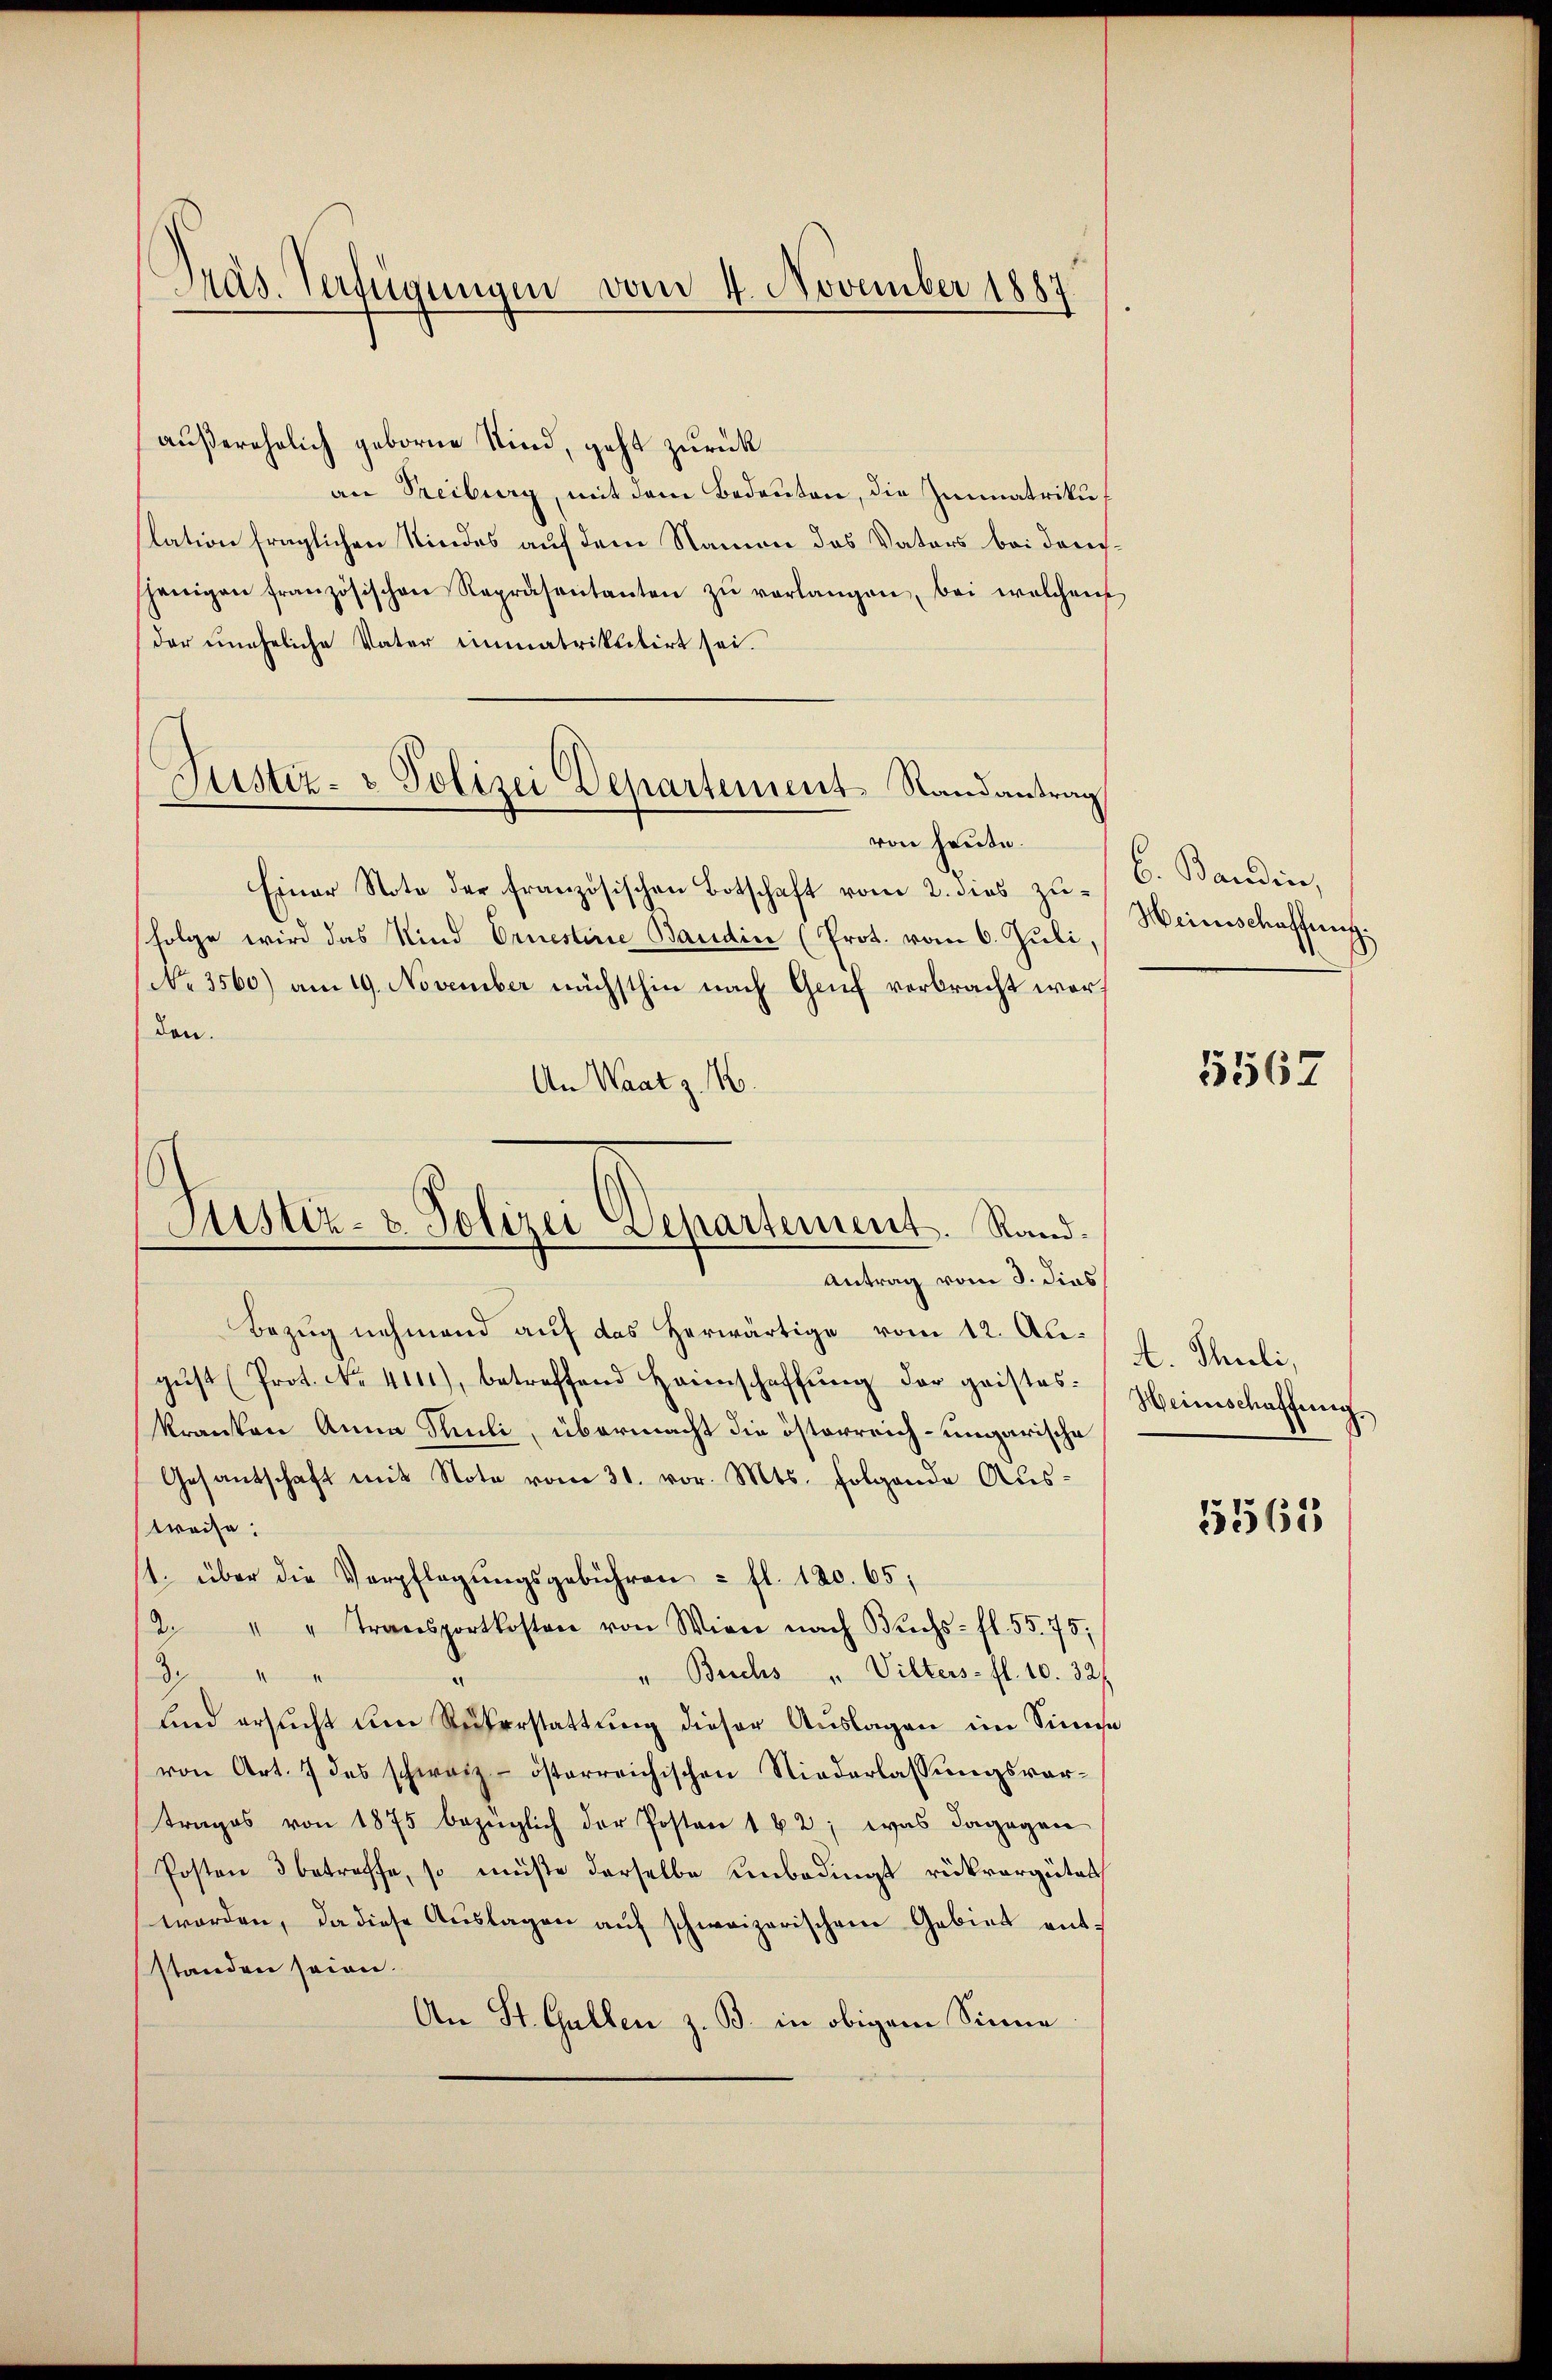
Präs. Verfügungen vom 4. November 1884

außerehelich geborne Kind, geht zurück
an Freiburg, mit dem Bedeuten, die Zimmatrikulation fraglichen Kindes auf dem Namen des Vaters bei danechsjenigen französischen Repräsentanten zŭ verlangen, bei welchen
der uneheliche Vater immatriktitirt sei.
von heute.
Einer Note der französischen Botschaft vom 2. dies zu¬
Folge wird das Kind Ernestinie Baudin (Prot. vom 6. Juli,
No. 3560) am 19. November nächsthin nach Genf verbracht worden.
An Waatz. M.
Bezug nehmend auf das herwärtige vom 12. Augŭst (Prot. No. 4111), betreffend Heimschaffŭng der geistes:
kranken Anna Pauli, übermacht die österreich-ungarische
Gesantschaft mit Note vom 31. vor. Mts. folgende Austreife.
1. über die Verpflegungsgebühren - fl. 120. 65;
2. " " Transportkosten von Wien nach Buchs- fl. 55. 75;
" Buchs " Vilters- fl. 10. 321.
3
und ersucht um Rükerstattung dieser Auslagen im Sinne
von Art. 7 des schwarz- österreichischen Niederlassungsvortrages von 1875 bezüglich der Posten 1 42; was dagegen
Posten 3 betreffe, so müßte derselbe unbedings rükvergütet
worden, da diese Aŭslagen aŭf schweizerischen Gebiet ent-
standen seien.
An St. Gallen z. B. in obigem Sinne

Justiz- & Polizei Departement-Randantrag

Justiz- & Polizei Departement. Rand¬
Antrag vom 3. dies

b. Banden,
Heinschaffung

5567

A. Theili,
Heinschaffung.

5563